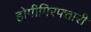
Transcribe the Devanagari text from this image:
होगीगिरफ्तारी